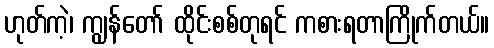
ဟုတ်ကဲ့၊ ကျွန်တော် ထိုင်းစစ်တုရင် ကစားရတာကြိုက်တယ်။